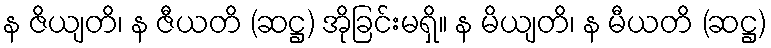
န ဇိယျတိ၊ န ဇီယတိ (ဆဋ္ဌ) အိုခြင်းမရှိ။ န မိယျတိ၊ န မီယတိ (ဆဋ္ဌ)